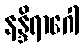
နန္ဒိရာဂေါ